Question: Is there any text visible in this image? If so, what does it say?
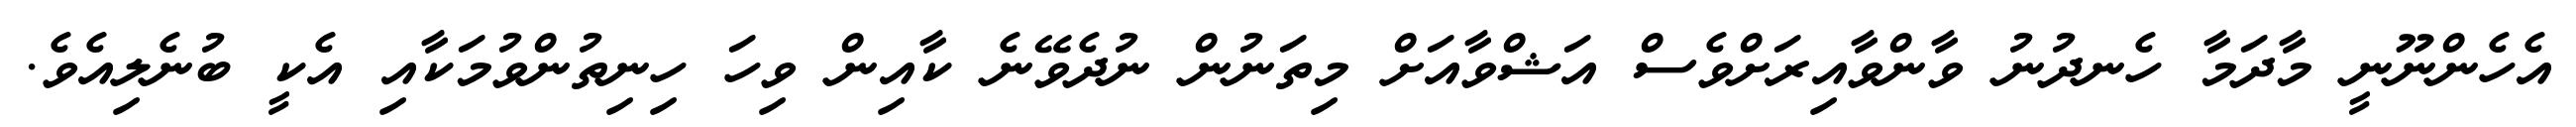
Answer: އެހެންނޫނީ މާދަމާ ހެނދުނު ވާންވާއިރަށްވެސް އަޝްވާއަށް މިތަނުން ނުދެވޭނެ ކާއިން ވިހަ ހިނިތުންވުމަކާއި އެކީ ބުނެލިއެވެ.